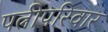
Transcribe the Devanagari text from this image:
पत्नीपरिवार